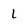
Character: 1